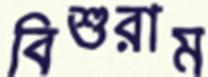
বিশুরাম